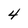
Character: 4